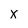
Character: X